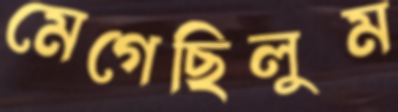
মেগেছিলুম